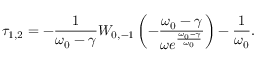
\tau _ { 1 , 2 } = - \frac { 1 } { \omega _ { 0 } - \gamma } W _ { 0 , - 1 } \left( - \frac { \omega _ { 0 } - \gamma } { \omega e ^ { \frac { \omega _ { 0 } - \gamma } { \omega _ { 0 } } } } \right) - \frac { 1 } { \omega _ { 0 } } .